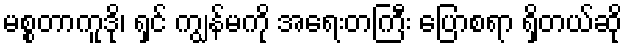
မစ္စတာကူဒို၊ ရှင် ကျွန်မကို အရေးတကြီး ပြောစရာ ရှိတယ်ဆို